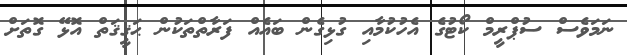
ނަމަވެސް ސުޕްރީމް ކޯޓުގެ އެހުކުމާއި ގުޅިގެން ބައެއް ފަރާތްތަކުން ޙަޤީޤަތް އޮޅޭ ގޮތަށް